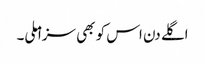
اگلے دن اس کو بھی سزا ملی۔